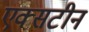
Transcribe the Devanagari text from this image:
एक्सटीन